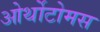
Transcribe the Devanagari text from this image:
ओर्थोटोमस